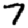
Digit: 7